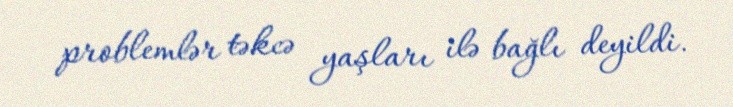
problemlər təkcə yaşları ilə bağlı deyildi.